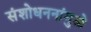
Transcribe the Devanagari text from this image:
संशोधननांमुळे